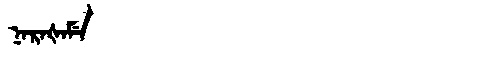
Manchu: ᠨᠠᡵᠠᡧᠠᠮᡝ
Romanization: NARAŠAME